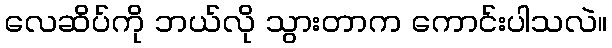
လေဆိပ်ကို ဘယ်လို သွားတာက ကောင်းပါသလဲ။